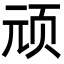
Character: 顽